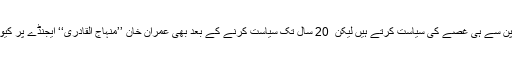
طاہراُلقادری لڑکپن سے ہی غُصّے کی سیاست کرتے ہیں لیکن ٗ 20 سال تک سیاست کرنے کے بعد بھی عمران خان ’’منہاج اُلقادری‘‘ ایجنڈے پر کیوں چل رہے ہیں؟